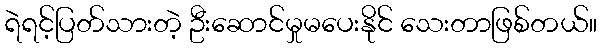
ရဲရင့်ပြတ်သားတဲ့ ဦးဆောင်မှုမပေးနိုင် သေးတာဖြစ်တယ်။